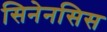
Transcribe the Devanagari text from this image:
सिनेनसिस